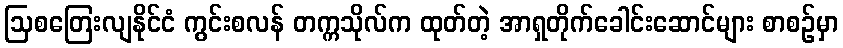
ဩစတြေးလျနိုင်ငံ ကွင်းစလန် တက္ကသိုလ်က ထုတ်တဲ့ အာရှတိုက်ခေါင်းဆောင်များ စာစဉ်မှာ